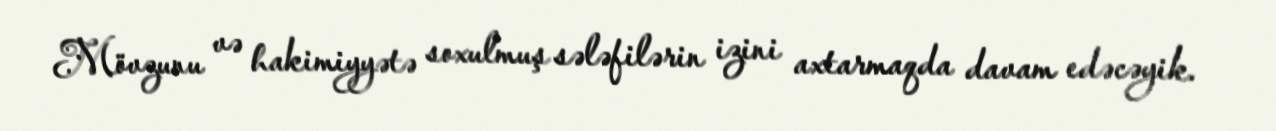
Mövzunu və hakimiyyətə soxulmuş sələfilərin izini axtarmaqda davam edəcəyik.